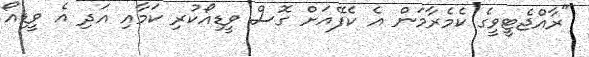
"ރާއްޖެޓީވީގެ ކެމެރާމަން އެ ކެފޭއަށް ގޮސް ވީޑިއޯކުރި ކަމާއި އަދި އެ ވީޑިއޯ